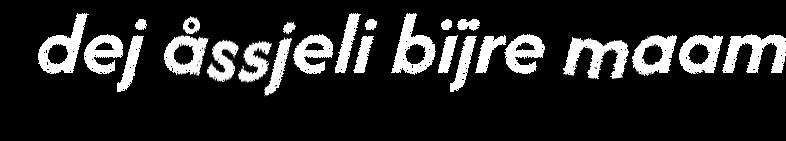
dej åssjeli bïjre maam